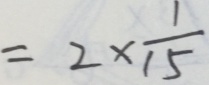
= 2 \times \frac { 1 } { 1 5 }